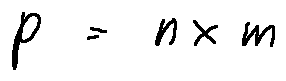
p = n \times m